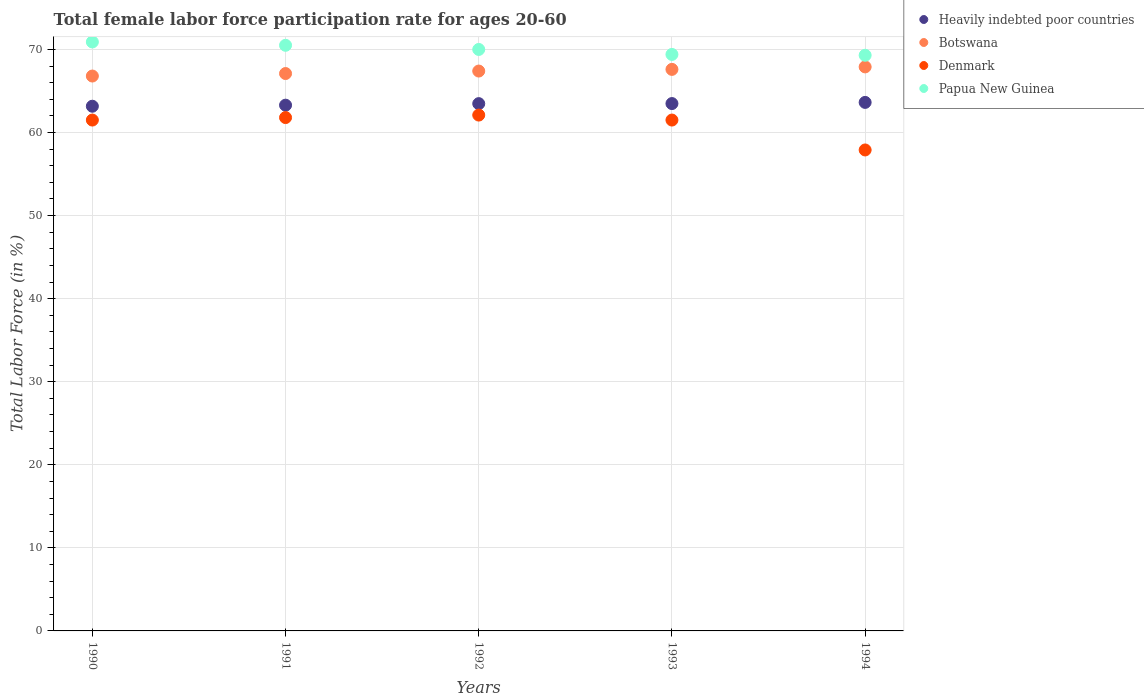
| Years | Heavily indebted poor countries | Botswana | Denmark | Papua New Guinea |
 | --- | --- | --- | --- | --- |
 | 1990 | 63.2 | 66.8 | 61.5 | 70.9 |
 | 1991 | 63.3 | 67.1 | 61.8 | 70.5 |
 | 1992 | 63.5 | 67.4 | 62.1 | 70 |
 | 1993 | 63.5 | 67.6 | 61.5 | 69.4 |
 | 1994 | 63.6 | 67.9 | 57.9 | 69.3 |